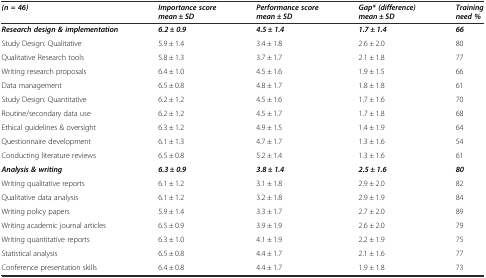
<table><thead><tr><td><b><i>(n = 46)</i></b></td><td><b><i>Importance score mean ± SD</i></b></td><td><b><i>Performance score mean ± SD</i></b></td><td><b><i>Gap* (difference) mean ± SD</i></b></td><td><b><i>Training need %</i></b></td></tr></thead><tbody><tr><td><b><i>Research design &amp; implementation</i></b></td><td><b><i>6.2 ± 0.9</i></b></td><td><b><i>4.5 ± 1.4</i></b></td><td><b><i>1.7 ± 1.4</i></b></td><td><b><i>66</i></b></td></tr><tr><td>Study Design: Qualitative</td><td>5.9 ± 1.4</td><td>3.4 ± 1.8</td><td>2.6 ± 2.0</td><td>80</td></tr><tr><td>Qualitative Research tools</td><td>5.8 ± 1.3</td><td>3.7 ± 1.7</td><td>2.1 ± 1.8</td><td>77</td></tr><tr><td>Writing research proposals</td><td>6.4 ± 1.0</td><td>4.5 ± 1.6</td><td>1.9 ± 1.5</td><td>66</td></tr><tr><td>Data management</td><td>6.5 ± 0.8</td><td>4.8 ± 1.7</td><td>1.8 ± 1.8</td><td>61</td></tr><tr><td>Study Design: Quantitative</td><td>6.2 ± 1.2</td><td>4.5 ± 1.6</td><td>1.7 ± 1.6</td><td>70</td></tr><tr><td>Routine/secondary data use</td><td>6.2 ± 1.2</td><td>4.5 ± 1.7</td><td>1.7 ± 1.8</td><td>68</td></tr><tr><td>Ethical guidelines &amp; oversight</td><td>6.3 ± 1.2</td><td>4.9 ± 1.5</td><td>1.4 ± 1.9</td><td>64</td></tr><tr><td>Questionnaire development</td><td>6.1 ± 1.3</td><td>4.7 ± 1.7</td><td>1.3 ± 1.6</td><td>54</td></tr><tr><td>Conducting literature reviews</td><td>6.5 ± 0.8</td><td>5.2 ± 1.4</td><td>1.3 ± 1.6</td><td>61</td></tr><tr><td><b><i>Analysis &amp; writing</i></b></td><td><b><i>6.3 ± 0.9</i></b></td><td><b><i>3.8 ± 1.4</i></b></td><td><b><i>2.5 ± 1.6</i></b></td><td><b><i>80</i></b></td></tr><tr><td>Writing qualitative reports</td><td>6.1 ± 1.2</td><td>3.1 ± 1.8</td><td>2.9 ± 2.0</td><td>82</td></tr><tr><td>Qualitative data analysis</td><td>6.1 ± 1.2</td><td>3.2 ± 1.8</td><td>2.9 ± 1.9</td><td>84</td></tr><tr><td>Writing policy papers</td><td>5.9 ± 1.4</td><td>3.3 ± 1.7</td><td>2.7 ± 2.0</td><td>89</td></tr><tr><td>Writing academic journal articles</td><td>6.5 ± 0.9</td><td>3.9 ± 1.9</td><td>2.6 ± 2.0</td><td>79</td></tr><tr><td>Writing quantitative reports</td><td>6.3 ± 1.0</td><td>4.1 ± 1.9</td><td>2.2 ± 1.9</td><td>75</td></tr><tr><td>Statistical analysis</td><td>6.5 ± 0.8</td><td>4.4 ± 1.7</td><td>2.1 ± 1.6</td><td>77</td></tr><tr><td>Conference presentation skills</td><td>6.4 ± 0.8</td><td>4.4 ± 1.7</td><td>1.9 ± 1.8</td><td>73</td></tr></tbody></table>